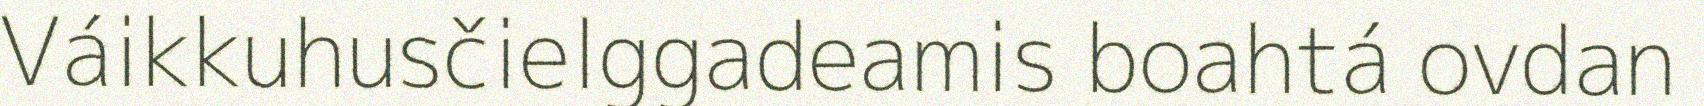
Váikkuhusčielggadeamis boahtá ovdan